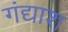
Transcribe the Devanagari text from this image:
गंद्याश